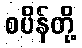
စပိန်တို့